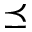
\preceq